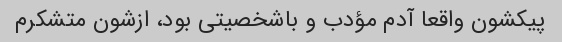
پیکشون واقعا آدم مؤدب و باشخصیتی بود، ازشون متشکرم